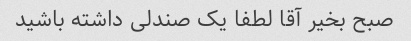
صبح بخیر آقا لطفا یک صندلی داشته باشید